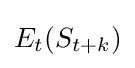
E_{t}(S_{t+k})